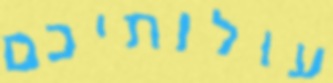
עולותיכם